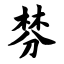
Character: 棼